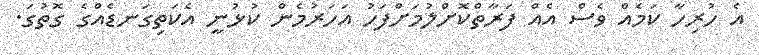
އެ ހުރިހާ ކަމެއް ވެސް އެއް ފަރާތްކޮށްލުމަށްފަހު އަހަރުމެން ކުޅުނީ އެކަތިގަނޑެއްގެ ގޮތުގަ.